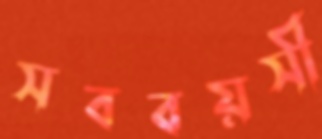
সববয়সী